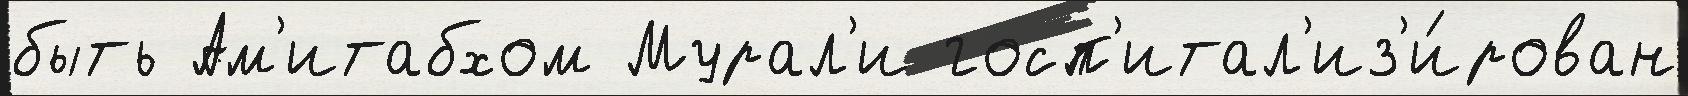
быть Ам'итабхом Мурал'и госп'итал'из'и́рован